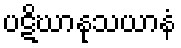
ပဋိဃာနုသယာနံ